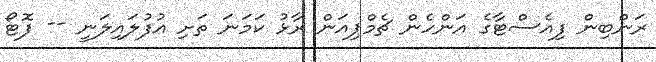
ރަންބިން ފިއެސްޓާގެ އަންހެން ޗެމްޕިއަން ރާޅު ކަމަނަ ތަށި އުފުލައިލަނީ -- ފޮޓޯ